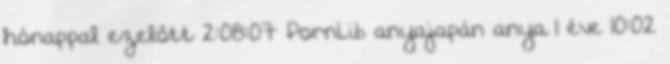
hónappal ezelőtt 2:08:07 PornLib anyajapán anya 1 éve 10:02